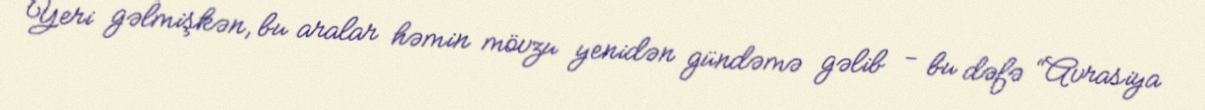
Yeri gəlmişkən, bu aralar həmin mövzu yenidən gündəmə gəlib - bu dəfə “Avrasiya